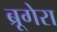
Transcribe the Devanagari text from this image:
ब्रूगेरा